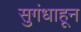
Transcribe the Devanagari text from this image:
सुगंधाहून